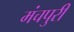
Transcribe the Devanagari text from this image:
मंचपुरी